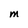
Character: M